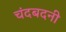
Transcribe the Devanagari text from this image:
चंदबदनी